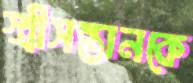
স্ত্রীসন্তানকে